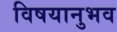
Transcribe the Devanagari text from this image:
विषयानुभव